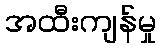
အထီးကျန်မှု